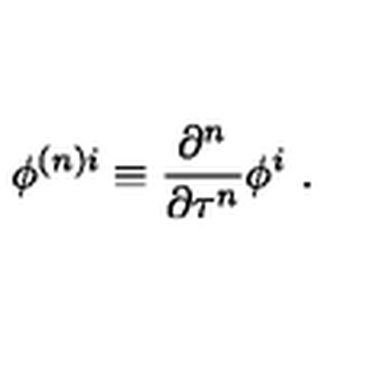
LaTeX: \phi ^ { { ( n ) } i } \equiv \frac { \partial ^ { n } } { \partial \tau ^ { n } } \phi ^ { i } \ .